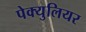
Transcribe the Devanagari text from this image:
पेक्युलियर